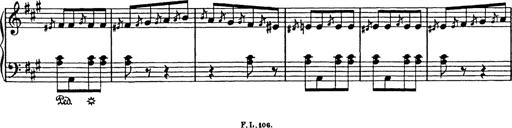
Title: Mephisto Polka
Composer: Franz Liszt